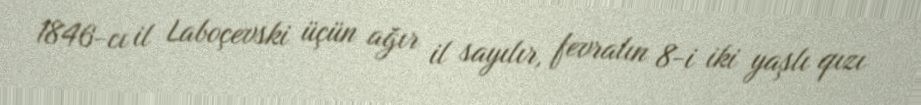
1846-cı il Laboçevski üçün ağır il sayılır, fevralın 8-i iki yaşlı qızı